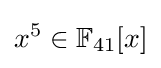
x^{5}\in \mathbb {F} _{41}[x]